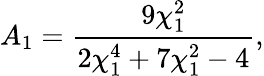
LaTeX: A_{1}=\frac{9\chi_{1}^{2}}{2\chi_{1}^{4}+7\chi_{1}^{2}-4},